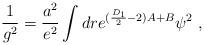
LaTeX: \begin{align*}\frac{1}{g^2}=\frac{a^2}{e^2}\int dr e^{(\frac{D_1}{2}-2)A+B}\psi^2~,\end{align*}